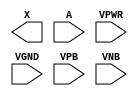
module sky130_fd_sc_hvl__schmittbuf (
    X   ,
    A   ,
    VPWR,
    VGND,
    VPB ,
    VNB
);

    output X   ;
    input  A   ;
    input  VPWR;
    input  VGND;
    input  VPB ;
    input  VNB ;
endmodule